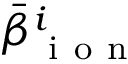
\bar { \beta } _ { \mathrm { ~ i ~ o ~ n ~ } } ^ { i }